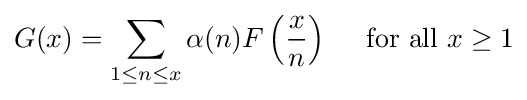
G(x)=\sum _{1\leq n\leq x}\alpha (n)F\left({\frac {x}{n}}\right)\quad {\mbox{ for all }}x\geq 1